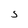
Character: 5